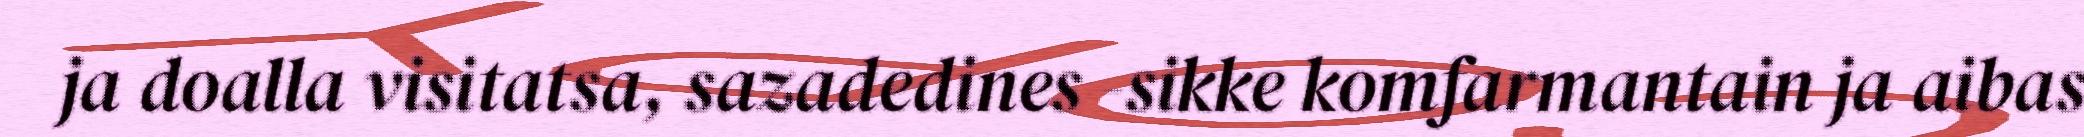
ja doalla visitatsa, sazadedines -sikke komfarmantain ja aibas